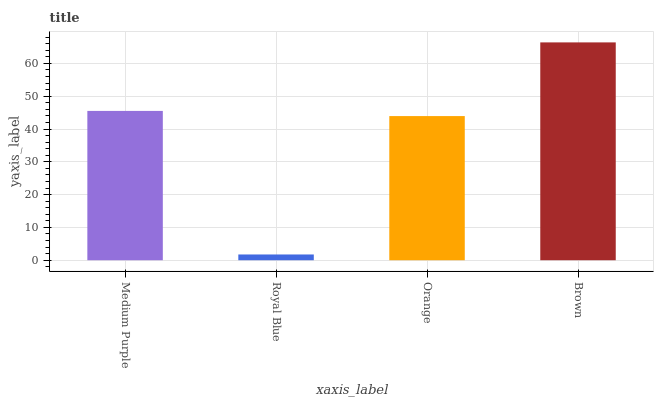
| xaxis_label | bars |
 | --- | --- |
 | Medium Purple | 45.5 |
 | Royal Blue | 1.75 |
 | Orange | 43.9 |
 | Brown | 66.4 |